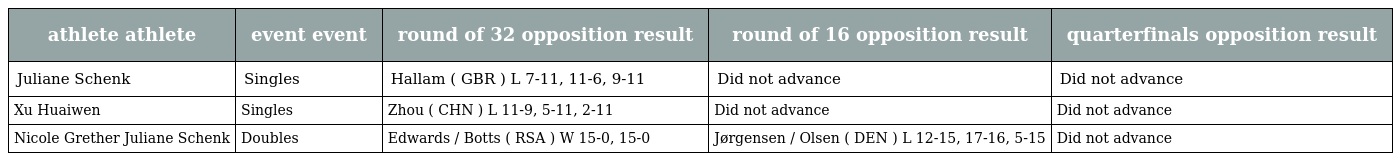
| athlete athlete | event event | round of 32 opposition result | round of 16 opposition result | quarterfinals opposition result |
 | --- | --- | --- | --- | --- |
 | Juliane Schenk | Singles | Hallam ( GBR ) L 7-11, 11-6, 9-11 | Did not advance | Did not advance |
 | Xu Huaiwen | Singles | Zhou ( CHN ) L 11-9, 5-11, 2-11 | Did not advance | Did not advance |
 | Nicole Grether Juliane Schenk | Doubles | Edwards / Botts ( RSA ) W 15-0, 15-0 | Jørgensen / Olsen ( DEN ) L 12-15, 17-16, 5-15 | Did not advance |